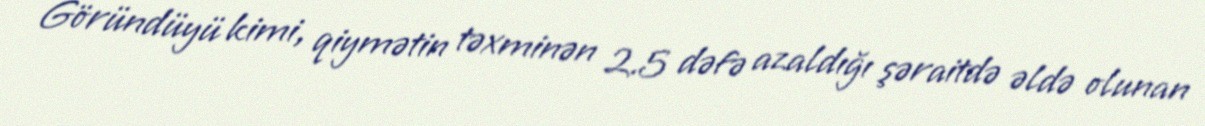
Göründüyü kimi, qiymətin təxminən 2.5 dəfə azaldığı şəraitdə əldə olunan